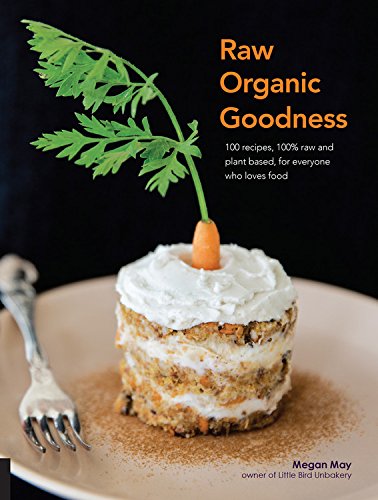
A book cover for Raw Organic Goodness; Megan May; Cookbooks, Food & Wine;